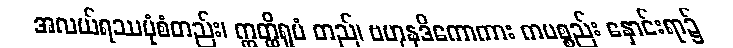
အလယ်ရဿပုံစံတည်း၊ ဣတ္ထိရူပံ တည်၊ ဗဟုနဒိကောကား ကပစ္စည်း နှောင်းရာ၌